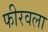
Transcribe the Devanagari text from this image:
फीरवला